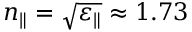
n _ { \parallel } = \sqrt { \varepsilon _ { \parallel } } \approx 1 . 7 3